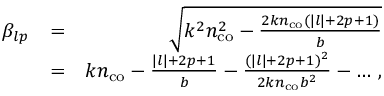
\begin{array} { r l r } { \beta _ { l p } } & { = } & { \sqrt { k ^ { 2 } n _ { \mathrm { c o } } ^ { 2 } - \frac { 2 k n _ { \mathrm { c o } } ( | l | + 2 p + 1 ) } { b } } } \\ & { = } & { k n _ { \mathrm { c o } } - \frac { | l | + 2 p + 1 } b - \frac { ( | l | + 2 p + 1 ) ^ { 2 } } { 2 k n _ { \mathrm { c o } } b ^ { 2 } } - \dots \, , } \end{array}